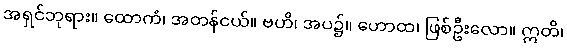
အရှင်ဘုရား။ ထောကံ၊ အတန်ငယ်။ ဗဟိ၊ အပ၌။ ဟောထ၊ ဖြစ်ဦးလော။ ဣတိ၊